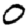
Digit: 0